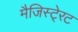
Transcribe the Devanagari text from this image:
मैजिस्टे्रट